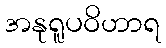
အနုရူပဝိဟာရ